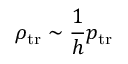
\rho _ { \mathrm { t r } } \sim \frac { 1 } { h } p _ { \mathrm { t r } }